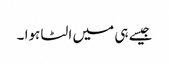
جیسے ہی میں الٹا ہوا ۔